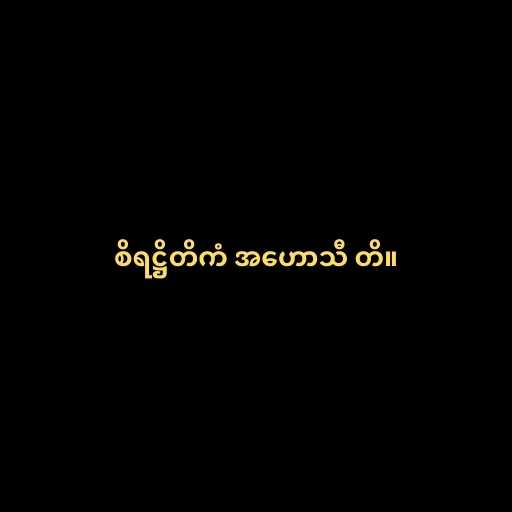
စိရဋ္ဌိတိကံ အဟောသီ တိ။